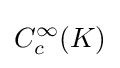
C_{c}^{\infty }(K)